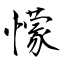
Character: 懞